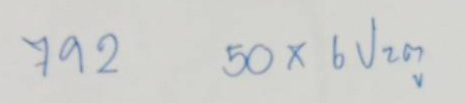
792 50 x 6 ประตู